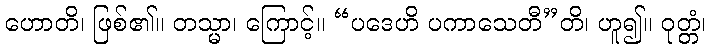
ဟောတိ၊ ဖြစ်၏။ တသ္မာ၊ ကြောင့်။ “ပဒေဟိ ပကာသေတီ”တိ၊ ဟူ၍။ ဝုတ္တံ၊